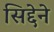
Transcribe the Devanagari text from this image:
सिद्देने